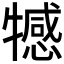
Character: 𤛸